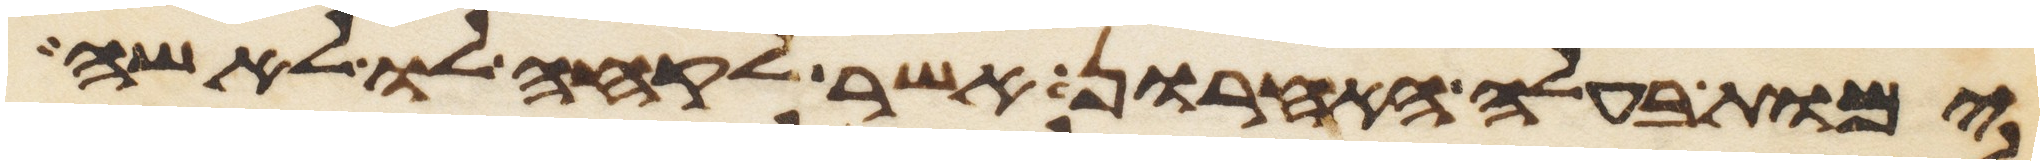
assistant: ימות בעלה האחרון אשר לקחה לו לאשה